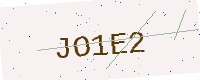
Text: JO1E2